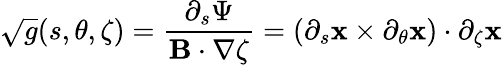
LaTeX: \sqrt{g}(s,\theta,\zeta)=\frac{\partial_{s}\Psi}{\mathbf{B}\cdot\nabla\zeta}=(\partial_{s}\mathbf{x}\times\partial_{\theta}\mathbf{x})\cdot\partial_{\zeta}\mathbf{x}